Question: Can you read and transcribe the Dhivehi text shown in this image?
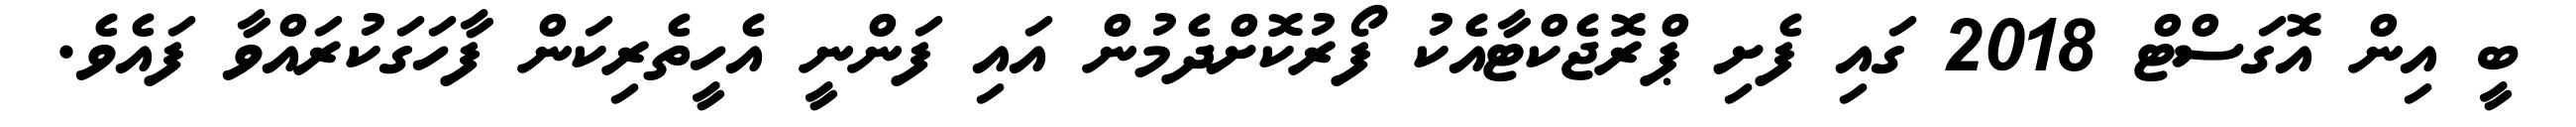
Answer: ބީ އިން އޮގަސްޓް 2018 ގައި ފެށި ޕްރޮޖެކްޓާއެކު ފޯރުކޮށްދެމުން އައި ފަންނީ އެހީތެރިކަން ފާހަގަކުރައްވާ ފައެވެ.